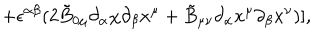
LaTeX: \hspace { 2 0 m m } + \epsilon ^ { \alpha \beta } ( 2 \tilde { B } _ { 0 \mu } { \partial _ { \alpha } } { \chi } { \partial _ { \beta } } { x ^ { \mu } } + \tilde { B } _ { \mu \nu } { \partial _ { \alpha } } { x ^ { \mu } } { \partial _ { \beta } } { x ^ { \nu } } ) ] ,